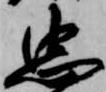
忠